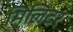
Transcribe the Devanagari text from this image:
मिलिटर